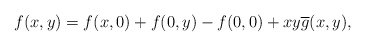
\begin{align*} f(x,y)=f(x,0)+f(0,y)-f(0,0)+xy\overline{g}(x,y), \end{align*}